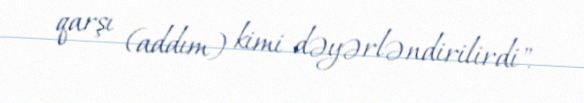
qarşı (addım) kimi dəyərləndirilirdi".